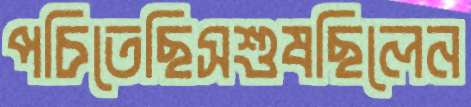
পচিতেছিসশুষছিলেন